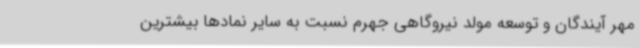
مهر آیندگان و توسعه مولد نیروگاهی جهرم نسبت به سایر نمادها بیشترین